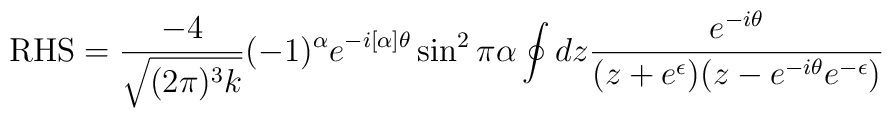
\mbox{RHS}=\frac{-4}{\sqrt{(2\pi)^3 k}}(-1)^{\alpha}e^{-i[\alpha]\theta}\sin^2\pi\alpha\oint dz \frac{e^{-i\theta}}{(z+e^\epsilon)(z-e^{-i\theta}e^{-\epsilon})}